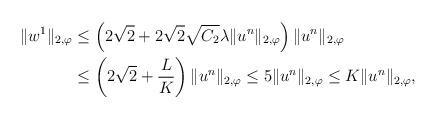
LaTeX: \begin{align*}\|w^{1}\|_{2,\varphi} &\le \left(2\sqrt{2} + 2\sqrt{2}\sqrt{C_{2}} \lambda \|u^{n}\|_{2,\varphi} \right) \|u^{n}\|_{2,\varphi} \\&\le \left(2\sqrt{2} + \frac{L}{K} \right) \|u^{n}\|_{2,\varphi} \le 5 \|u^{n}\|_{2,\varphi} \le K \|u^{n}\|_{2,\varphi},\end{align*}